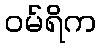
ဝမ်ရိက